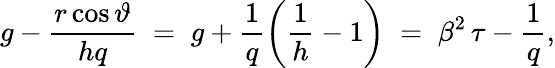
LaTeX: g-\frac{r\cos\vartheta}{hq}\; =\; g+\frac{1}{q}\left(\frac{1}{h}-1\right)\; =\; \beta^{2}\, \tau-\frac{1}{q},